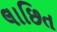
લાછિત